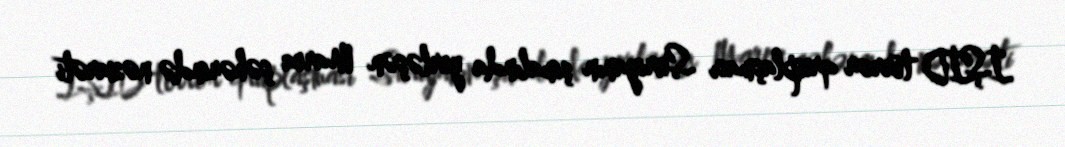
İŞİD terror qruplaşması Suriyanın şimalında yerləşən Marea şəhərində nəzarəti